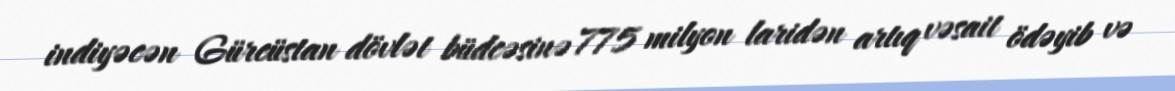
indiyəcən Gürcüstan dövlət büdcəsinə 775 milyon laridən artıq vəsait ödəyib və